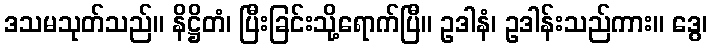
ဒသမသုတ်သည်။ နိဋ္ဌိတံ၊ ပြီးခြင်းသို့ရောက်ပြီ။ ဥဒါနံ၊ ဥဒါန်းသည်ကား။ ဒွေ၊